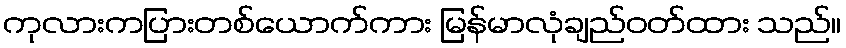
ကုလားကပြားတစ်ယောက်ကား မြန်မာလုံချည်ဝတ်ထား သည်။